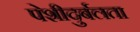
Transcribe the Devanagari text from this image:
पेशीदुर्बलता